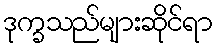
ဒုက္ခသည်များဆိုင်ရာ